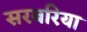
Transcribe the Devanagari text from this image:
सरबरिया